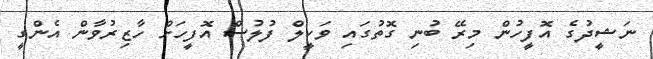
ނަޝީދުގެ އޮފީހުން މިރޭ ބުނި ގޮތުގައި ވަކީލް ފުލުސް އޮފީހަށް ހާޒިރުވާން އެންގީ